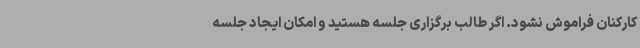
کارکنان فراموش نشود. اگر طالب برگزاری جلسه هستید و امکان ایجاد جلسه